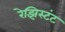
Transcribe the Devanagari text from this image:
रेझिस्टंट